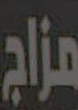
مزاج